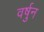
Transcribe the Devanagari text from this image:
वर्षुन